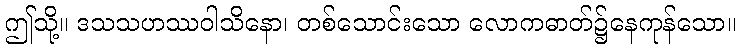
ဤသို့။ ဒသသဟဿဝါသိနော၊ တစ်သောင်းသော လောကဓာတ်၌နေကုန်သော။